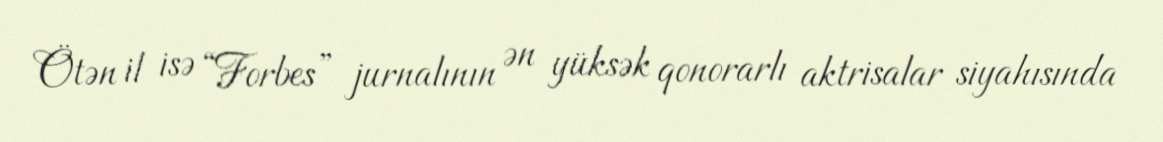
Ötən il isə “Forbes” jurnalının ən yüksək qonorarlı aktrisalar siyahısında